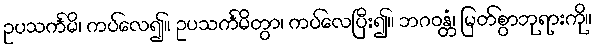
ဥပသင်္ကမိ၊ ကပ်လေ၍။ ဥပသင်္ကမိတွာ၊ ကပ်လေပြီး၍။ ဘဂဝန္တံ၊ မြတ်စွာဘုရားကို။